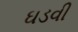
ઘડવી